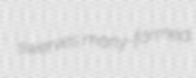
swerves many-formed